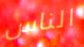
الناس